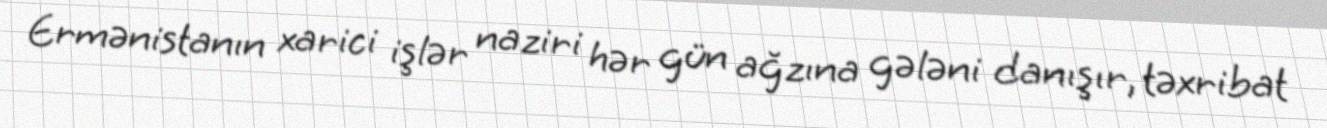
Ermənistanın xarici işlər naziri hər gün ağzına gələni danışır, təxribat